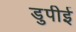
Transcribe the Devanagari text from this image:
डुपीई